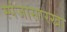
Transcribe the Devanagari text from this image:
स्पंजासारखा